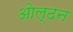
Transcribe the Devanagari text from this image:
ओल्ढन